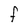
Character: F